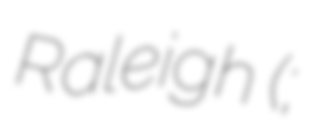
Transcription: Raleigh (;